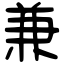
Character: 兼